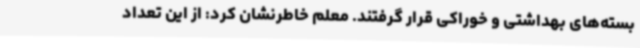
بسته‌های بهداشتی و خوراکی قرار گرفتند. معلم خاطرنشان کرد: از این تعداد